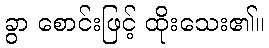
ခွာ စောင်းဖြင့် ထိုးသေး၏။